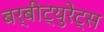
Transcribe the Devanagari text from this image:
बर्बीट्युरेट्स